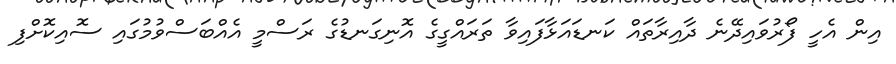
އިން އެހީ ފޯރުވައިދޭނެ ދާއިރާތައް ކަނޑައަޅާފައިވާ ތަރައްގީގެ އޮނިގަނޑުގެ ރަސްމީ އެއްބަސްވުމުގައި ސޮއިކޮށްފި